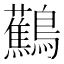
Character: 𬷹